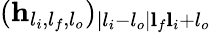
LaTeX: (\mathbf{h}_{l_{i},l_{f},l_{o}})_{|l_{i}-l_{o}|\le l_{f}\le l_{i}+l_{o}}